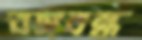
বঙ্গবন্ধ